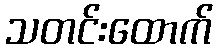
သတင်းထောက်